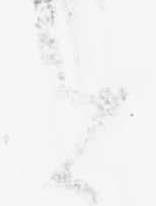
せ